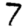
Digit: 7